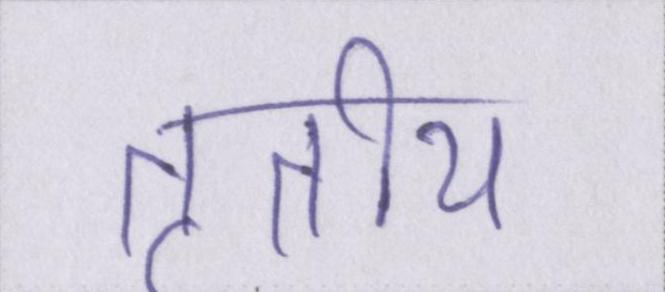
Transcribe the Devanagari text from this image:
तृतीय